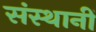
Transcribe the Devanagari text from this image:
संस्थानीं